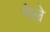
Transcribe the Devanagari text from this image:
गेल्रे